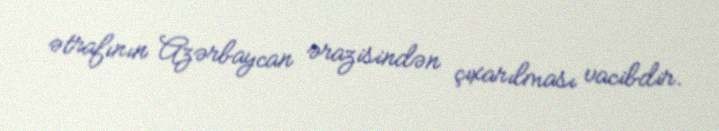
ətrafının Azərbaycan ərazisindən çıxarılması vacibdir.